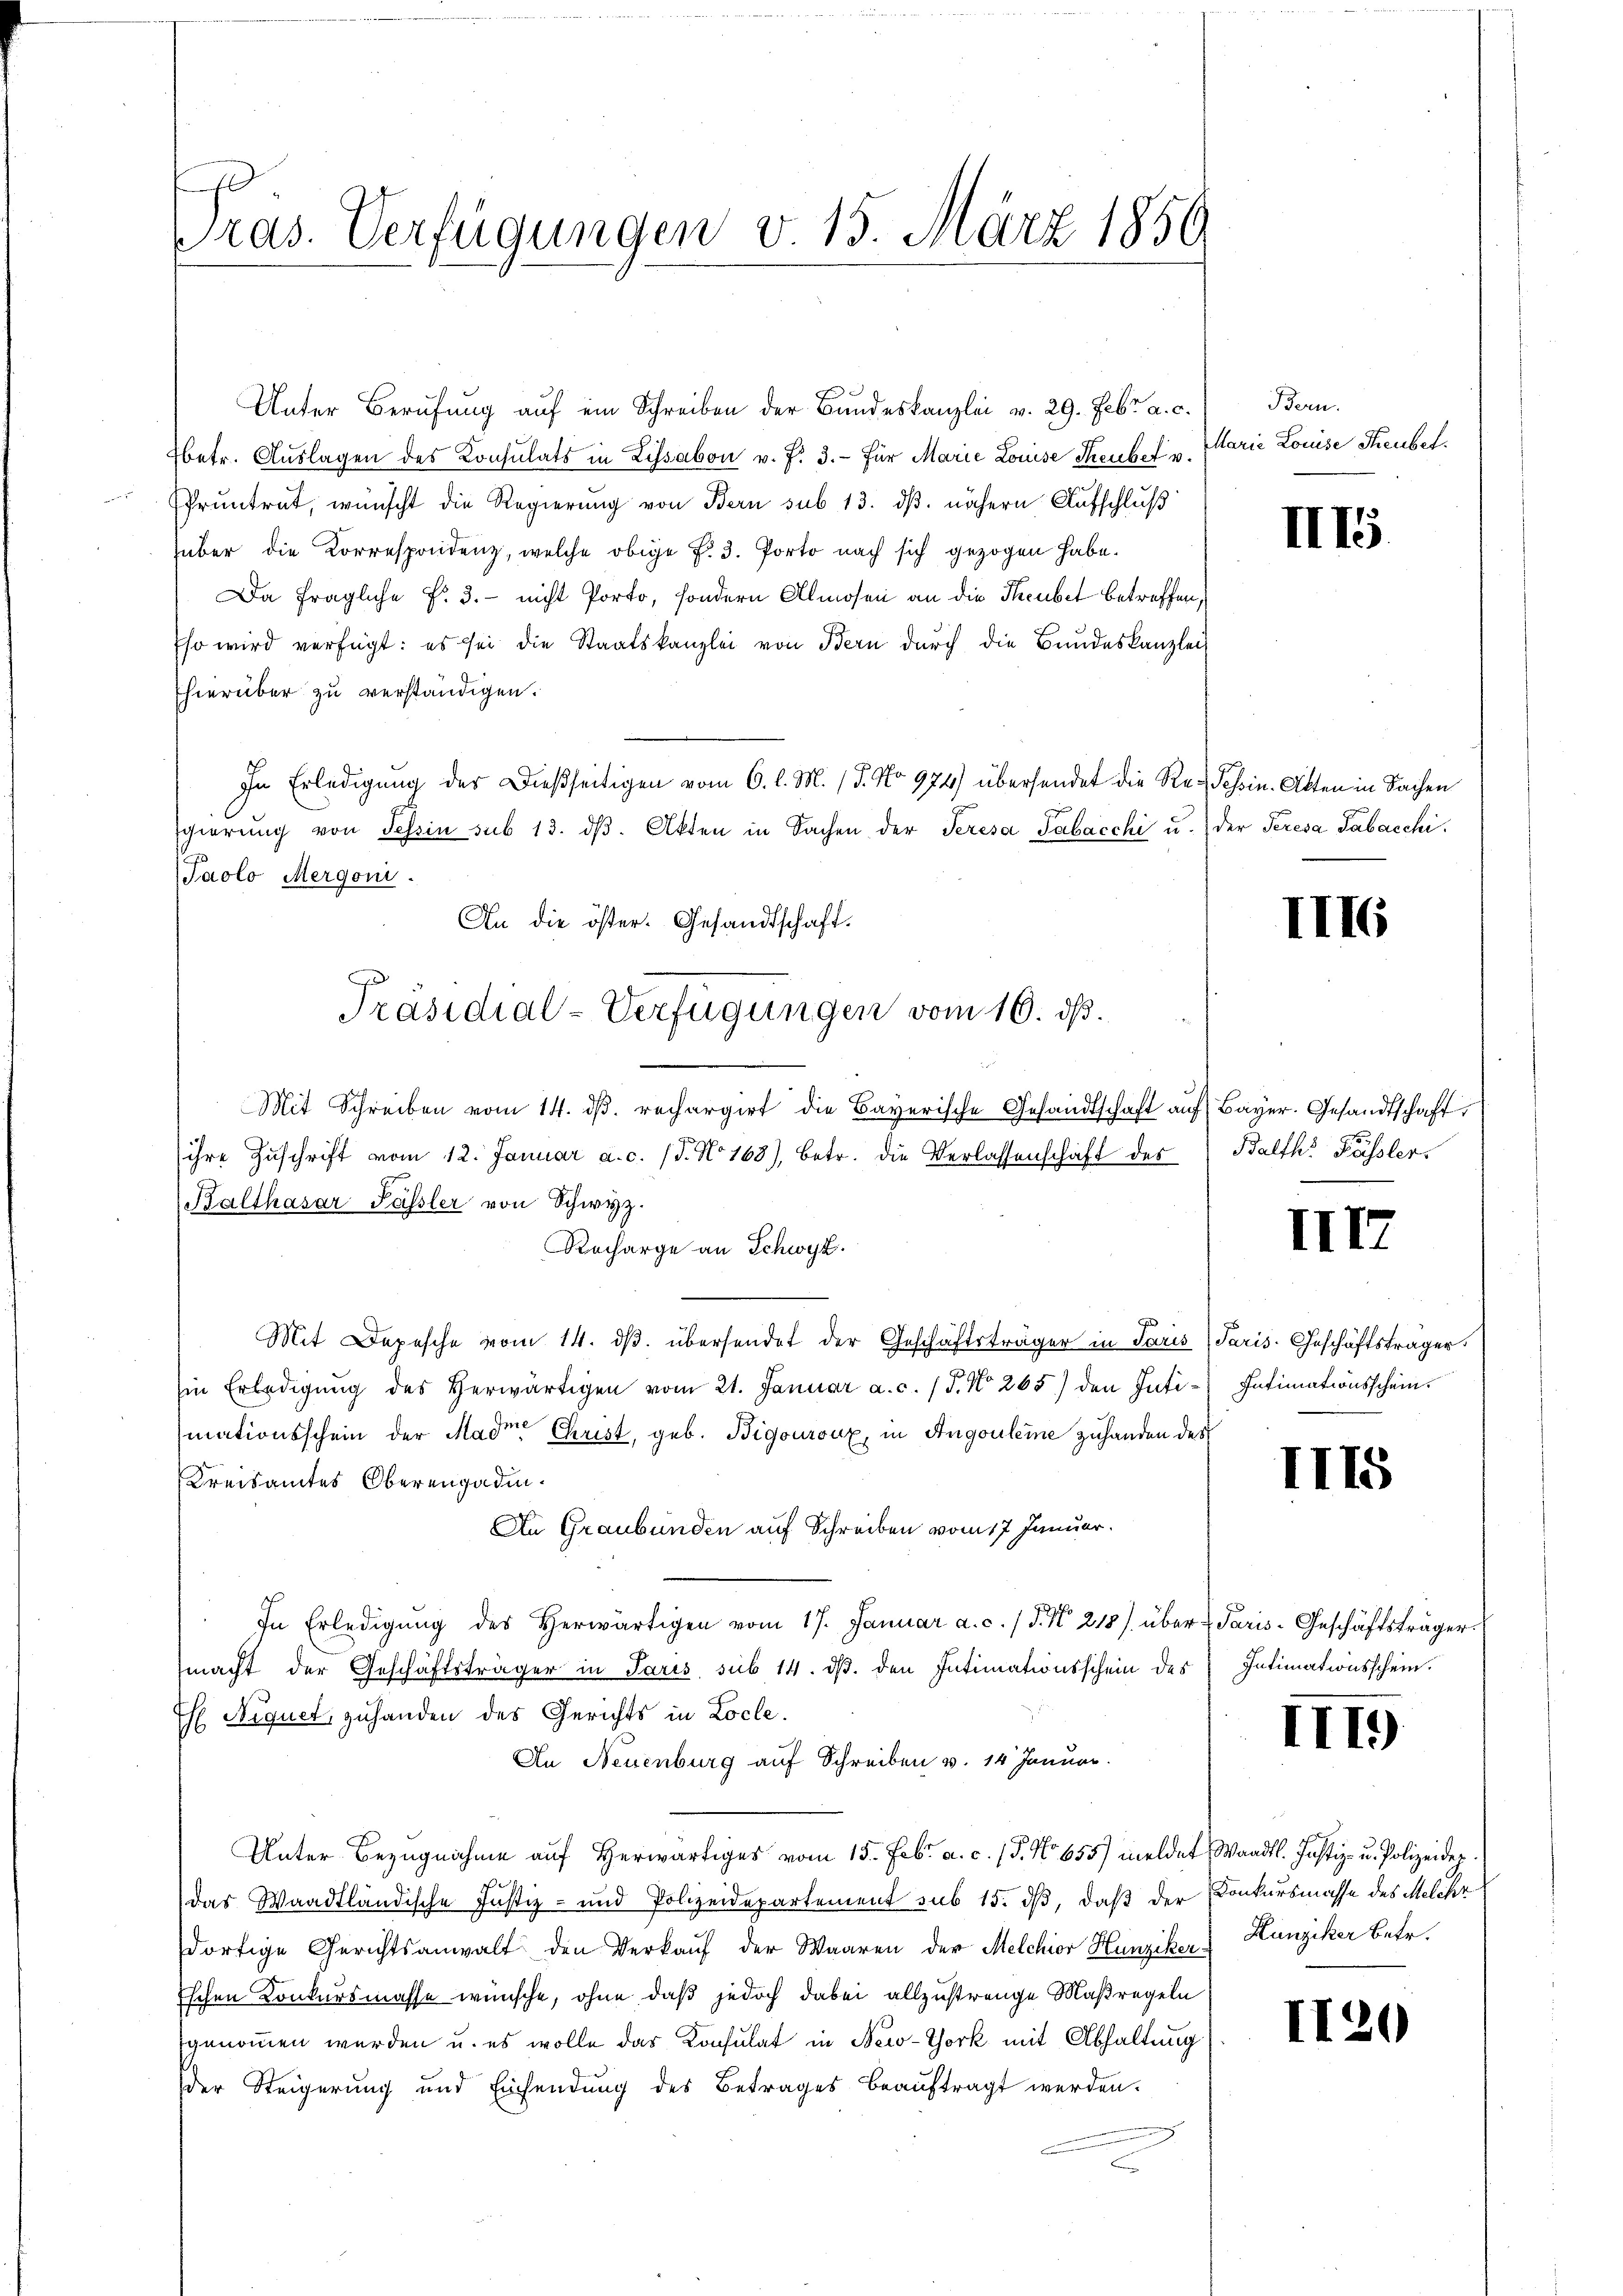
Präs. Verfügungen v. 15. März 1850.

Unter Berufung auf ein Schreiben der Bundeskanzlei v. 29. Febr. a. c.
betr. Auslagen des Konsulats in Lissabon v. f. 3. für Marie Louise Seubet u. Marie Louise Treubel.
Pruntrat, wünscht die Regierung von Bern sub 13. dß. nähern Aufschluß
über die Korrespondenz, welche obige P. 3. Porto nach sich gezogen habe.
Da fragliche No. 3. - nicht Porto, sondern Almosen an die Theubet betreffen,
Eso wird verfügt: es sei die Staatskanzlei von Bern durch die Bundeskanzlei
hierüber zu verständigen.
In Erledigŭng der dießseitigen vom 6. l. M. 18. No 974) übersendet die Re-Schin. Akten in Sachen
Egierŭng von Tessin sub 13. dβ. Akten in Sachen der Seresa Palacchi u. der Seresa Tabacchi,
Paolo Mergoni.
An die öster. Gesandtschaft.
Mit Schreiben vom 14. dβ. rechargirt die Bayerische Gesandtschaft auf Bayer. Gesandtschaft
ihre Zŭschrift vom 12. Januar a.c. (T. No. 168), betr. die Verlassenschaft des
Balthasar Passler von Schwyz.
Rocharge an Schwyz.
Mit Depesche vom 14. dβ übersendet der Geschäftsträger in Paris Paris-Geschäftsträger
Ein Erledigung des Herwärtigen vom 21. Januar a. c. 15. No 265) den Intimationsschein der Mader Christ, geb. Bigouroux in Angouleine zuhanden des
Kreisamtes Oberengadin.
An Graubünden auf Schreiben vom 17. Januar.
In Erledigŭng des Herwärtigen vom 17. Januar a. c. / 5. No. 218) über Paris-Geschäftsträger
macht der Geschäftsträger in Paris, sub 14. ds. den Intimationsschein des
Eh Niquet, zuhanden des Gerichts in Locle.
An Neuenburg auf Schreiben v. 14 Januar.
Unter Bezugnahme auf herwärtiges vom 15. Febr. a. c. (T. No 655) meldet Waadt. Justiz- u. Polizeidep
r
das Waadtländische Justiz- und Polizeidepartement sub 15. dß, daß der Konkursmasse des Melche
dortige Gerichtsanwalt den Verkaŭf der Waaren der Melchior Hunziker Hunziker Betr.
Eschen Konkursmasse wünsche, ohne daß jedoch dabei allzustrenge Maßregeln
genommen werden u. es wolle das Konsulat in New-York mit Abhaltung
der Steigerung und Einsendung des Betrages beauftragt werden.

Präsidial-Verfügungen vom 16. dß.

Bern.

II15

II

Balth. Fässler.

III

Intimationsschein.

II15

d

Intimationsschein.

III)

II20